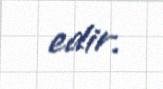
edir.